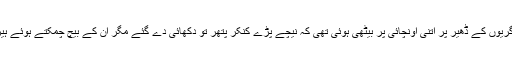
دانشوری بڑی بڑی ڈگریوں کے ڈھیر پر اتنی اونچائی پر بیٹھی ہوئی تھی کہ نیچے پڑے کنکر پتھر تو دکھائی دے گئے مگر ان کے بیچ چمکتے ہوئے ہیرے موتی نظرنہ آئے۔